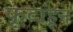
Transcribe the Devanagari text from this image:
फूटांहून